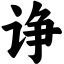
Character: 诤